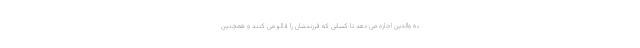
به والدین اجازه می دهد تا کسانی که فرزندشان را فالو می کنند و همچنین